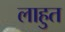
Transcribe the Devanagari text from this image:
लाहुत